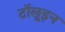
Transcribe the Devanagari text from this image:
टॉलूइन